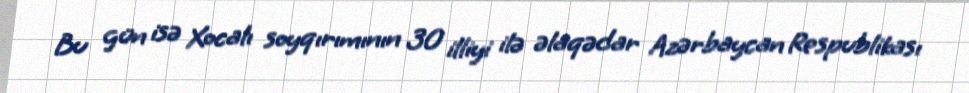
Bu gün isə Xocalı soyqırımının 30 illiyi ilə əlaqədar Azərbaycan Respublikası